Sanitation, dispensaries and jails vaccination Rajputana 1922-1927 - 1922-1927
Year: 1922
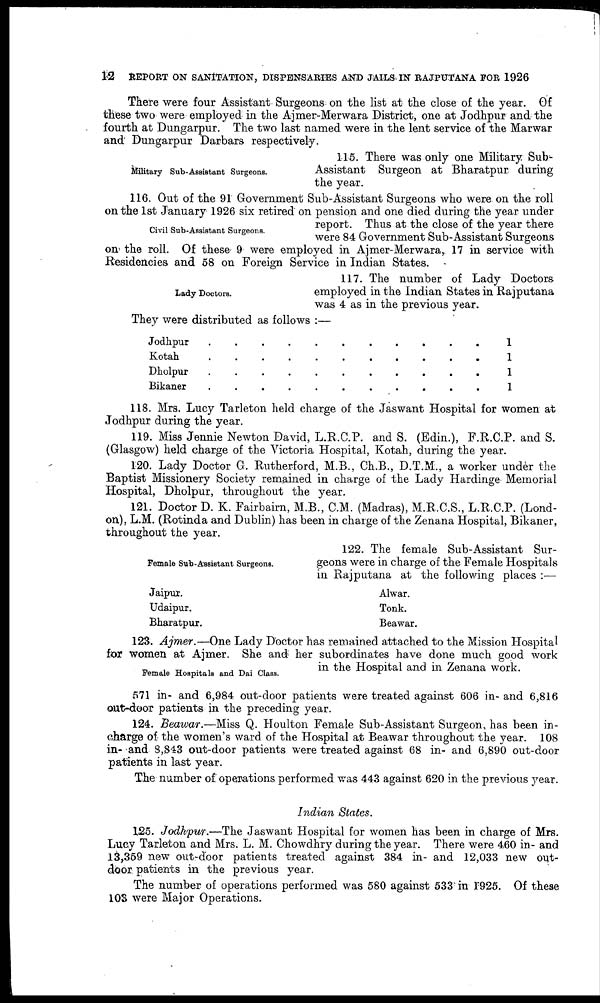
12
REPORT ON SANITATION, DISPENSARIES AND JAILS IN RAJPUTANA FOR 1926
There were four Assistant Surgeons on the list at the close of the year. Of
these two were employed in the Ajmer-Merwara District, one at Jodhpur and the
fourth at Dungarpur. The two last named were in the lent service of the Marwar
and Dungarpur Darbars respectively.
Military Sub-Assistant Surgeons.
115. There was only one Military Sub-
Assistant Surgeon at Bharatpur during
the year.
Civil Sub-Assistant Surgeons.
116. Out of the 91 Government Sub-Assistant Surgeons who were on the roll
on the 1st January 1926 six retired on pension and one died during the year under
report. Thus at the close of the year there
were 84 Government Sub-Assistant Surgeons
on the roll. Of these 9 were employed in Ajmer-Merwara, 17 in service with
Residencies and 58 on Foreign Service in Indian States.
Lady Doctors.
117. The number of Lady Doctors
employed in the Indian States in Rajputana
was 4 as in the previous year.
They were distributed as follows :—
Jodhpur . . . . . . . .
Kotah . . . . . . .
Dholpur . . . . .
Bikaner . . . . . .
1
1
1
1
118. Mrs. Lucy Tarleton held charge of the Jaswant Hospital for women at
Jodhpur during the year.
119. Miss Jennie Newton David, L.R.C.P. and S. (Edin.), F.R.C.P. and S.
(Glasgow) held charge of the Victoria Hospital, Kotah, during the year.
120. Lady Doctor G. Rutherford, M.B., Ch.B., D.T.M., a worker under the
Baptist Missionery Society remained in charge of the Lady Hardinge Memorial
Hospital, Dholpur, throughout the year.
121. Doctor D. K. Fairbairn, M.B., C.M. (Madras), M.R.C.S., L.R.C.P. (Lond-
on), L.M. (Rotinda and Dublin) has been in charge of the Zenana Hospital, Bikaner,
throughout the year.
Female Sub-Assistant Surgeons.
122. The female Sub-Assistant Sur-
geons were in charge of the Female Hospitals
in Rajputana at the following places :—
Jaipur.
Udaipur.
Bharatpur.
Alwar.
Tonk.
Beawar.
Female Hospitals and Dai Class.
123. Ajmer.—One Lady Doctor has remained attached to the Mission Hospital
for women at Ajmer. She and her subordinates have done much good work
in the Hospital and in Zenana work.
571 in- and 6,984 out-door patients were treated against 606 in- and 6,816
out-door patients in the preceding year.
124. Beawar.—Miss Q. Houlton Female Sub-Assistant Surgeon, has been in-
charge of the women's ward of the Hospital at Beawar throughout the year. 108
in- and 8,843 out-door patients were treated against 68 in- and 6,890 out-door
patients in last year.
The number of operations performed was 443 against 620 in the previous year.
Indian States.
125. Jodhpur.—The Jaswant Hospital for women has been in charge of Mrs.
Lucy Tarleton and Mrs. L. M. Chowdhry during the year. There were 460 in- and
13,359 new out-door patients treated against 384 in and 12,033 new out-
door patients in the previous year.
The number of operations performed was 580 against 533 in 1925. Of these
103 were Major Operations.